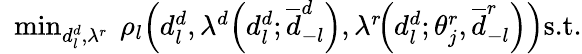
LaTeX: \begin{array}{rl}&{\! \! \! \operatorname*{min}_{d_{l}^{d},\lambda^{r}}\ \rho_{l}\! \left(d_{l}^{d},\lambda^{d}\! \left(d_{l}^{d};\overline{{d}}_{-l}^{d}\right),\lambda^{r}\! \! \left(d_{l}^{d};\theta_{j}^{r},\overline{{d}}_{-l}^{r}\right)\right)\textrm{s.t.}}\end{array}